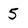
Character: 5